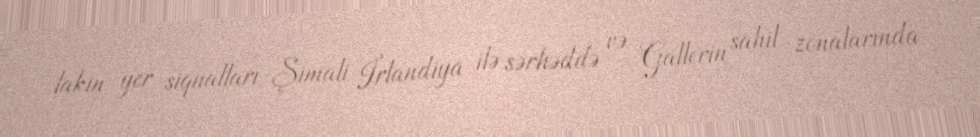
lakin yer siqnalları Şimali İrlandiya ilə sərhəddə və Gallerin sahil zonalarında